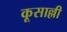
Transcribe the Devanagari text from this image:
कूसाल्ली